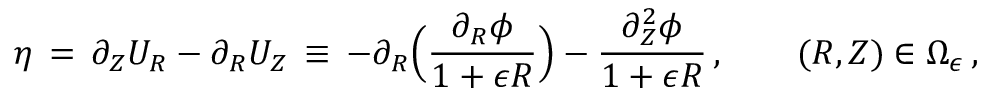
\eta \, = \, \partial _ { Z } U _ { R } - \partial _ { R } U _ { Z } \, \equiv \, - \partial _ { R } \Bigl ( \frac { \partial _ { R } \phi } { 1 + \epsilon R } \Bigr ) - \frac { \partial _ { Z } ^ { 2 } \phi } { 1 + \epsilon R } \, , \qquad ( R , Z ) \in \Omega _ { \epsilon } \, ,